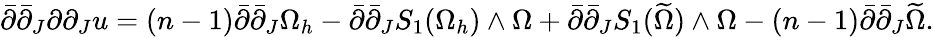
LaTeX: \bar{\partial}\bar{\partial}_{J}\partial\partial_{J}u=(n-1)\bar{\partial}\bar{\partial}_{J}\Omega_{h}-\bar{\partial}\bar{\partial}_{J}S_{1}(\Omega_{h})\wedge\Omega+\bar{\partial}\bar{\partial}_{J}S_{1}(\widetilde{\Omega})\wedge\Omega-(n-1)\bar{\partial}\bar{\partial}_{J}\widetilde{\Omega}.